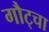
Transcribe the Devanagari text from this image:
गौट्चा